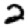
Digit: 2